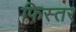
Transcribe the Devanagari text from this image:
फिस्तर